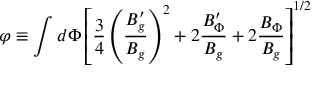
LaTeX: \varphi \equiv \int d \Phi \left[ { \frac { 3 } { 4 } } \left( { \frac { B _ { g } ^ { \prime } } { B _ { g } } } \right) ^ { 2 } + 2 { \frac { B _ { \Phi } ^ { \prime } } { B _ { g } } } + 2 { \frac { B _ { \Phi } } { B _ { g } } } \right] ^ { 1 / 2 }